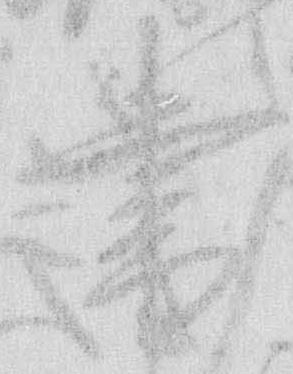
書